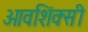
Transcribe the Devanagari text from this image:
ओवशिंक्सी